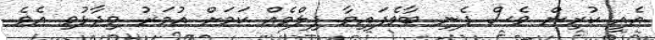
އެއީ ކުރިން ވެސް ފެނި ބާވެފައިވާ ފިލްމެއް ކަމަށް އުމަރު ވިދާޅުވި އެވެ.